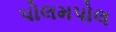
પોલમપોલ